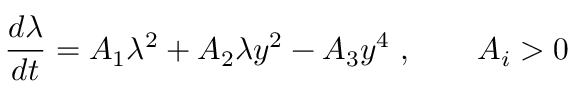
{ \frac { d \lambda } { d t } } = A _ { 1 } \lambda ^ { 2 } + A _ { 2 } \lambda y ^ { 2 } - A _ { 3 } y ^ { 4 } \ , \qquad A _ { i } > 0